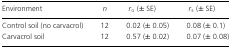
<table><thead><tr><td><b>Environment</b></td><td><b><i>n</i></b></td><td><b><i>r</i><sub>G</sub> (± SE)</b></td><td><b><i>r</i><sub>E</sub> (± SE)</b></td></tr></thead><tbody><tr><td>Control soil (no carvacrol)</td><td>12</td><td>0.02 (± 0.05)</td><td>0.08 (± 0.1)</td></tr><tr><td>Carvacrol soil</td><td>12</td><td>0.57 (± 0.02)</td><td>0.07 (± 0.08)</td></tr></tbody></table>